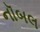
નૉબલ